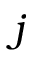
j